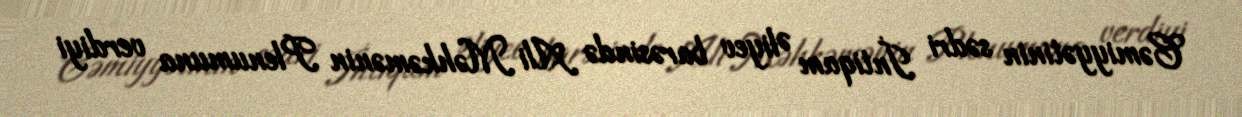
Cəmiyyətinin sədri İntiqam Əliyev barəsində Ali Məhkəmənin Plenumuna verdiyi